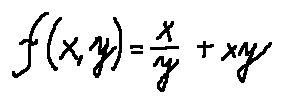
f ( x , y ) = \frac { x } { y } + x y